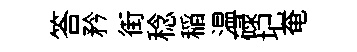
答矜街稔稲温碌圮奄